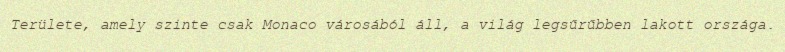
Területe, amely szinte csak Monaco városából áll, a világ legsűrűbben lakott országa.